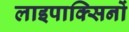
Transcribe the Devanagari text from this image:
लाइपाक्सिनों